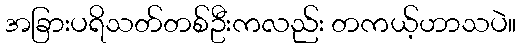
အခြားပရိသတ်တစ်ဦးကလည်း တကယ့်ဟာသပဲ။